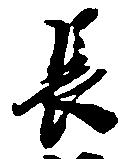
長